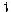
1